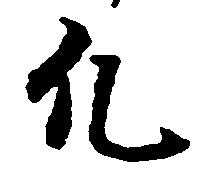
凡